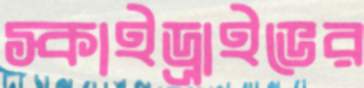
স্কাইড্রাইভের